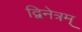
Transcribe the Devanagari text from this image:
द्विनेत्रम्